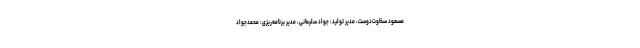
مسعود سخاوت‌دوست، مدیر تولید: جواد سلیمانی، مدیر برنامه‌ریزی: محمدجواد